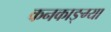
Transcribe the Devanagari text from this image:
कनकाङ्ग्या